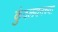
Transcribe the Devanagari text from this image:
कुंदलवनच्या